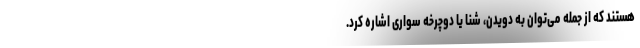
هستند که از جمله می‌توان به دویدن، شنا یا دوچرخه سواری اشاره کرد.